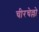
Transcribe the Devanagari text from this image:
चीरचेल्लो